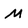
Character: M